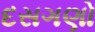
દસગણો